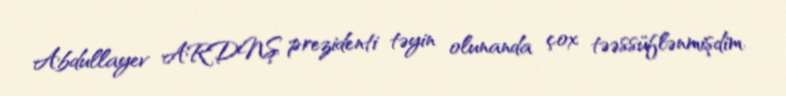
Abdullayev ARDNŞ prezidenti təyin olunanda çox təəssüflənmişdim.